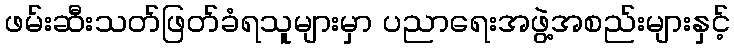
ဖမ်းဆီးသတ်ဖြတ်ခံရသူများမှာ ပညာရေးအဖွဲ့အစည်းများနှင့်